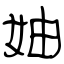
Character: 妯